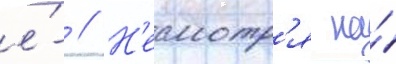
е́- // Н'есмотр'я на́